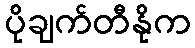
ပိုချက်တီနိုက